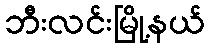
ဘီးလင်းမြို့နယ်